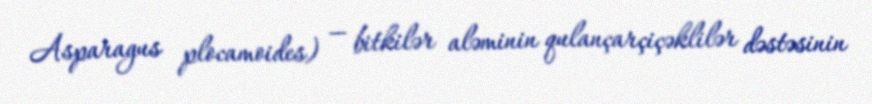
Asparagus plocamoides) — bitkilər aləminin qulançarçiçəklilər dəstəsinin